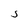
Character: S